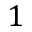
1